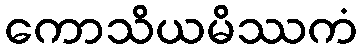
ကောသိယမိဿကံ